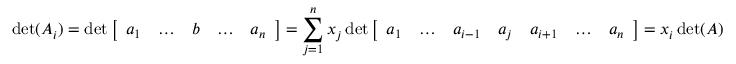
\operatorname* { d e t } ( A _ { i } ) = \operatorname* { d e t } { \left[ \begin{array} { l l l l l } { a _ { 1 } } & { \ldots } & { b } & { \ldots } & { a _ { n } } \end{array} \right] } = \sum _ { j = 1 } ^ { n } x _ { j } \operatorname* { d e t } { \left[ \begin{array} { l l l l l l l } { a _ { 1 } } & { \ldots } & { a _ { i - 1 } } & { a _ { j } } & { a _ { i + 1 } } & { \ldots } & { a _ { n } } \end{array} \right] } = x _ { i } \operatorname* { d e t } ( A )